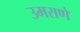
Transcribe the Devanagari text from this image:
उमराणे